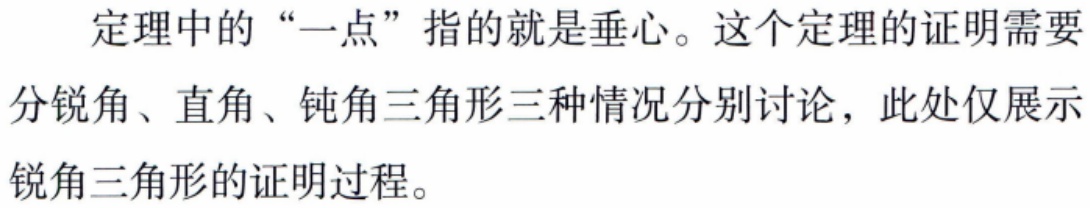
定理中的“一点”指的就是垂心。这个定理的证明需要分锐角、直角、钝角三角形三种情况分别讨论，此处仅展示锐角三角形的证明过程。